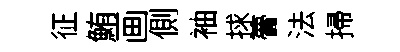
征鮪画側袖捄瞢法掃